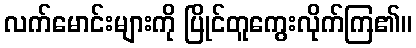
လက်မောင်းများကို ပြိုင်တူကွေးလိုက်ကြ၏။